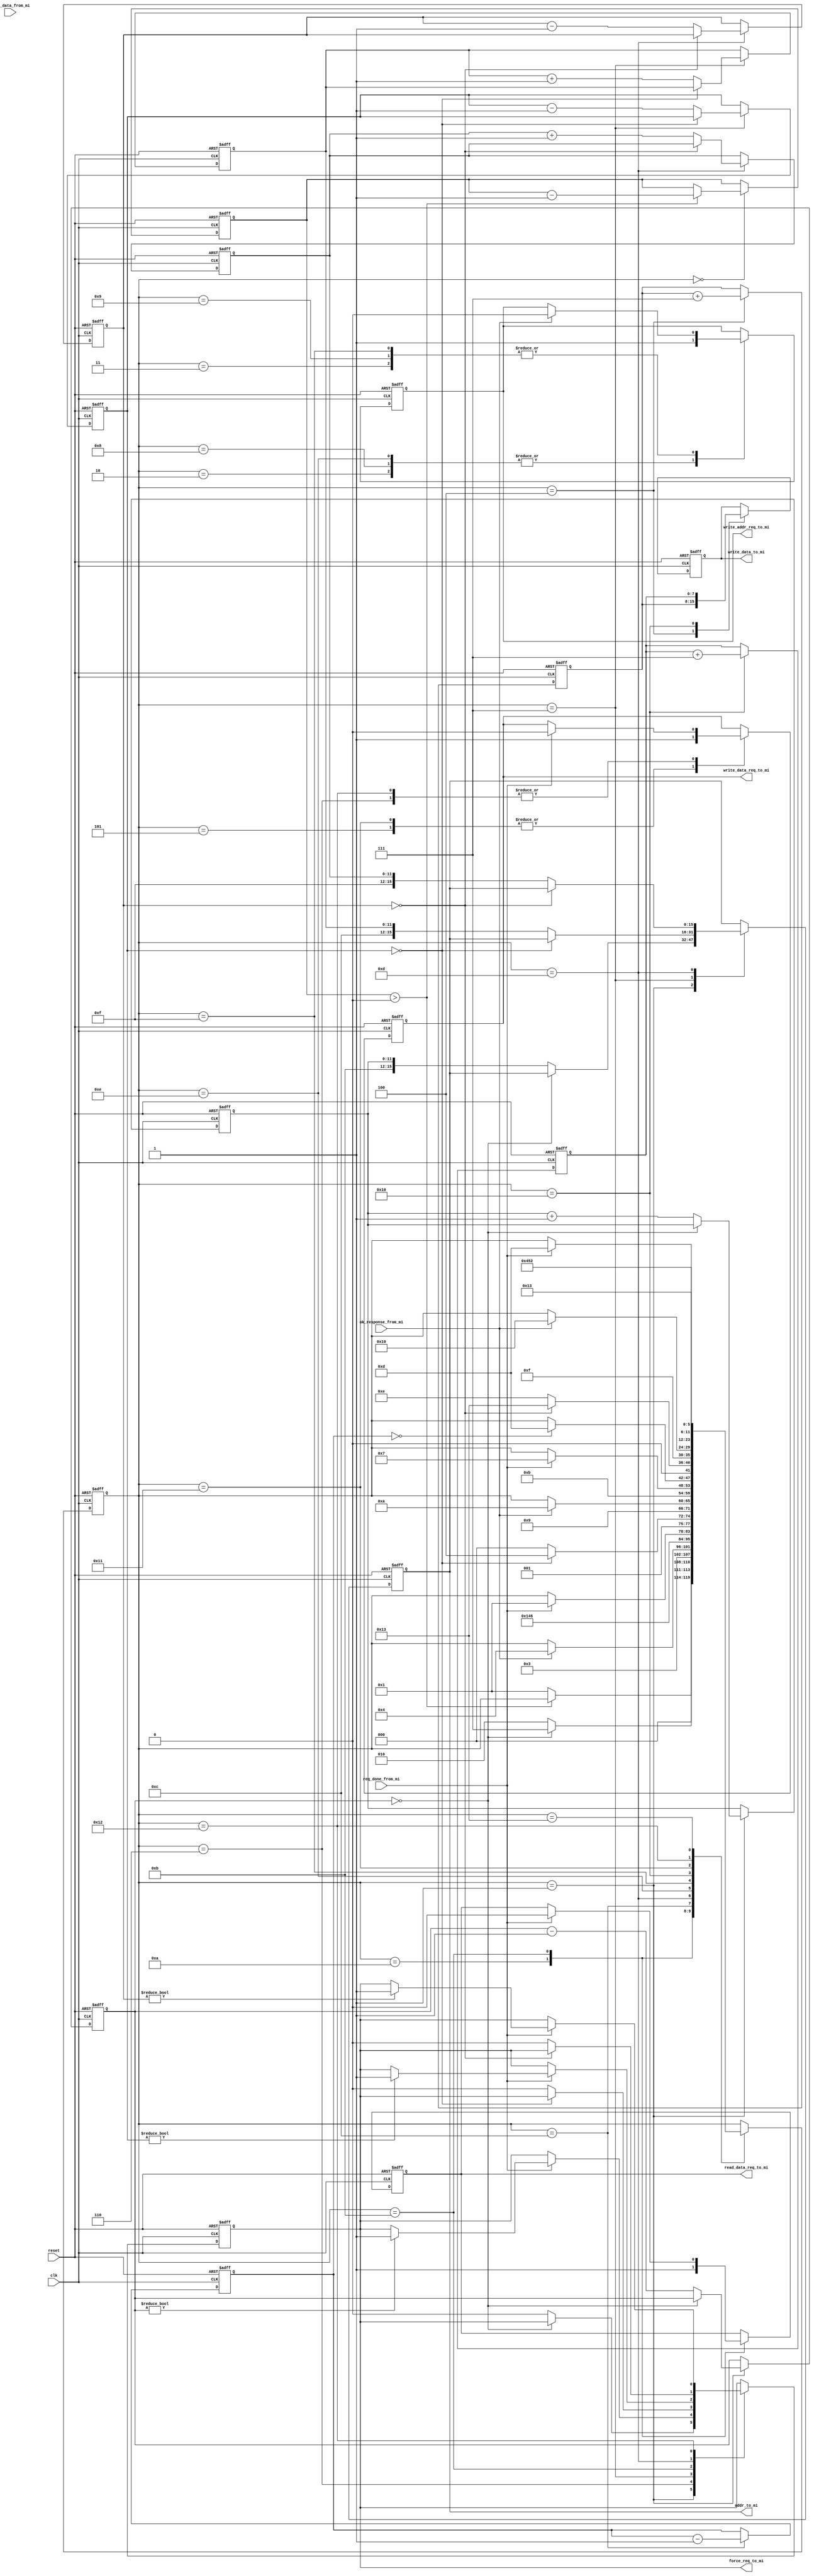
module master1_core (
    input clk,
    input reset,

    //connections with the ports of master interface to the the master side
    //NOTE : mi - master interface
    output reg [15:0]addr_to_mi,
    output reg write_addr_req_to_mi = 0,
    output reg [7:0]write_data_to_mi,
    output reg write_data_req_to_mi = 0,
    output reg read_data_req_to_mi  = 0,
    output reg force_req_to_mi = 0,
    input ok_response_from_mi,
    input [7:0]read_data_from_mi,
    input req_done_from_mi
);

//Address Parameters
parameter STARTBIT = 1'b1;
parameter SLAVE1 = 2'b01, SLAVE2 = 2'b10, SLAVE3 = 2'b11;
parameter WRITE = 1'b1, READ = 1'b0; 

/*_____________________________________________________________________________________
| -------------------------------------------------------------------------------------|
|EXECUTION:
|Flow of execution of master 1 is a predefined set of read, write tasks and idle times.
|Flow starts from WRITE1 and ends with WRITE2 below, but we can customize any sequence.
|Below sequence has the following order,

|         INITIAL_IDLE -> WRITE1 -> READ1 -> IDLE1 -> WRIITE2 -> END
|
|We can change parameters of those 4 tasks from below list of parameters. 
|_____________________________________________________________________________________*/

//Execution Sequence Parameters
parameter INITIAL_IDLE_TIME = 8'd100;

parameter WRITE1_SLAVE      = SLAVE1;
parameter WRITE1_START_ADDR = 12'd500;
parameter WRITE1_DATA       = 8'd170;
parameter WRITE1_DATA_INCR  = 7;
parameter WRITE1_SIZE       = 4'd2;   

parameter READ1_SLAVE       = SLAVE2;
parameter READ1_START_ADDR  = 12'd400;
parameter READ1_SIZE        = 2'd2;  

parameter IDLE1_CYCLES      = 8'd30;

parameter WRITE2_SLAVE      = SLAVE3;
parameter WRITE2_START_ADDR = 12'd2000;
parameter WRITE2_DATA       = 8'd180;
parameter WRITE2_DATA_INCR  = 7;
parameter WRITE2_SIZE       = 4'd6;   


//Registers Needed for the Execution Sequence
reg [5:0]  state              = 5'd0;

reg [7:0]  initial_idle_time  = INITIAL_IDLE_TIME;

reg [11:0] write1_addr        = WRITE1_START_ADDR;
reg [7:0]  write1_data        = WRITE1_DATA;
reg [3:0]  write1_size        = WRITE1_SIZE;

reg [11:0] read1_addr         = READ1_START_ADDR;
reg [3:0]  read1_size         = READ1_SIZE;
reg [7:0]  read1_data[1:0];

reg [7:0]  idle1_cycles       = IDLE1_CYCLES;

reg [11:0] write2_addr        = WRITE2_START_ADDR;
reg [7:0]  write2_data        = WRITE2_DATA;
reg [3:0]  write2_size        = WRITE2_SIZE;


/*################################### STATE MACHINE #################################
------------------------------------------------------------------------------------*/
//STATES:
parameter INITIAL_IDLE                  = 0;

parameter WRITE1_UPDATE_ADDR            = 1;
parameter WRITE1_ADDR_RQ                = 2;
parameter WRITE1_OK_RES                 = 3;
parameter WRITE1_UPDATE_DATA            = 4;
parameter WRITE1_DATA_RQ                = 5;
parameter WRITE1_RQ_DONE                = 6;

parameter READ1_UPDATE_ADDR             = 7;
parameter READ1_ADDR_RQ                 = 8;
parameter READ1_OK_RES                  = 9;
parameter READ1_DATA_RQ                 = 10;
parameter READ1_RQ_DONE                 = 11;

parameter IDLE1                         = 12;

parameter WRITE2_UPDATE_ADDR            = 13;
parameter WRITE2_ADDR_RQ                = 14;
parameter WRITE2_OK_RES                 = 15;
parameter WRITE2_UPDATE_DATA            = 16;
parameter WRITE2_DATA_RQ                = 17;
parameter WRITE2_RQ_DONE                = 18;

parameter ALL_DONE                      = 19;

//STATE MACHINE:
always@(posedge clk or negedge reset) begin
    if(~reset)begin
        addr_to_mi           <= 0;
        write_addr_req_to_mi <= 0;
        write_data_to_mi     <= 0;
        write_data_req_to_mi <= 0;
        read_data_req_to_mi  <= 0;
        force_req_to_mi      <= 0;

        state                <= 5'd0;
        initial_idle_time    <= INITIAL_IDLE_TIME;
        write1_addr          <= WRITE1_START_ADDR;
        write1_data          <= WRITE1_DATA;
        write1_size          <= WRITE1_SIZE;
        read1_addr           <= READ1_START_ADDR;
        read1_size           <= READ1_SIZE;
        idle1_cycles         <= IDLE1_CYCLES;
        write2_addr          <= WRITE2_START_ADDR;
        write2_data          <= WRITE2_DATA;
        write2_size          <= WRITE2_SIZE;
    end

    else begin
        case(state)

            //###################### INITIAL IDLE TIME #########################
            INITIAL_IDLE: begin
                if(initial_idle_time > 0)
                    initial_idle_time <= initial_idle_time -1;
                else
                    state <= WRITE1_UPDATE_ADDR;
            end

            //############################ WRITE1 ##############################
            WRITE1_UPDATE_ADDR: begin  
                if(write1_size == 0)begin
                    state <= READ1_UPDATE_ADDR;
                end
                else begin
                    force_req_to_mi <= 0;
                    write1_size <= write1_size-1;         
                    addr_to_mi <= {STARTBIT, WRITE1_SLAVE, WRITE, write1_addr};
                    write1_addr <= write1_addr + 1;
                    state <= WRITE1_ADDR_RQ;
                end
            end

            WRITE1_ADDR_RQ: begin
                write_addr_req_to_mi <= 1;
                state <= WRITE1_OK_RES;
            end

            WRITE1_OK_RES: begin
                if(ok_response_from_mi == 1)begin
                    write_addr_req_to_mi <= 0;
                    state <= WRITE1_UPDATE_DATA;
                end
            end

            WRITE1_UPDATE_DATA: begin
                write_data_to_mi <= write1_data;
                write1_data <= write1_data + WRITE1_DATA_INCR;
                state <= WRITE1_DATA_RQ;
            end

            WRITE1_DATA_RQ: begin
                write_data_req_to_mi <= 1;
                state <= WRITE1_RQ_DONE;
            end
            WRITE1_RQ_DONE: begin
                if(req_done_from_mi == 1) begin
                    write_data_req_to_mi <= 0;
                    state <= WRITE1_UPDATE_ADDR;

                    if(write1_size != 0)begin
                        force_req_to_mi <= 1;
                    end
                end
            end


            //############################ READ1 ##############################
            READ1_UPDATE_ADDR: begin
                if(read1_size == 0)begin
                    state <= IDLE1;
                end
                else begin
                    force_req_to_mi <= 0;
                    read1_size  <= read1_size-1;         
                    addr_to_mi  <= {STARTBIT, READ1_SLAVE, READ, read1_addr};
                    read1_addr  <= read1_addr + 1;
                    state <= READ1_ADDR_RQ;
                end
            end

            READ1_ADDR_RQ: begin
                write_addr_req_to_mi <= 1;
                state <= READ1_OK_RES;
            end

            READ1_OK_RES: begin
                if(ok_response_from_mi == 1)begin
                    write_addr_req_to_mi <= 0;
                    state <= READ1_DATA_RQ;
                end
            end

            READ1_DATA_RQ: begin
                read_data_req_to_mi <= 1;
                state <= READ1_RQ_DONE;
            end

            READ1_RQ_DONE: begin
                if(req_done_from_mi == 1) begin
                    read_data_req_to_mi <= 0;
                    read1_data[read1_size] <= read_data_from_mi;
                    state <= READ1_UPDATE_ADDR;

                    if(read1_size != 0)begin
                        force_req_to_mi <= 1;
                    end
                end
            end


            //############################ IDLE1 ###############################
            IDLE1: begin
                if(idle1_cycles == 0) begin
                    state <= WRITE2_UPDATE_ADDR;
                end
                idle1_cycles <= idle1_cycles -1;
            end


            //############################ WRITE2 ##############################
            WRITE2_UPDATE_ADDR: begin  
                if(write2_size == 0)begin
                    state <= ALL_DONE;
                end
                else begin
                    force_req_to_mi <= 0;
                    write2_size <= write2_size-1;         
                    addr_to_mi <= {STARTBIT, WRITE2_SLAVE, WRITE, write2_addr};
                    write2_addr <= write2_addr + 1;
                    state <= WRITE2_ADDR_RQ;
                end
            end

            WRITE2_ADDR_RQ: begin
                write_addr_req_to_mi <= 1;
                state <= WRITE2_OK_RES;
            end

            WRITE2_OK_RES: begin
                if(ok_response_from_mi == 1)begin
                    write_addr_req_to_mi <= 0;
                    state <= WRITE2_UPDATE_DATA;
                end
            end

            WRITE2_UPDATE_DATA: begin
                write_data_to_mi <= write2_data;
                write2_data <= write2_data + WRITE2_DATA_INCR;
                state <= WRITE2_DATA_RQ;
            end

            WRITE2_DATA_RQ: begin
                write_data_req_to_mi <= 1;
                state <= WRITE2_RQ_DONE;
            end
            WRITE2_RQ_DONE: begin
                if(req_done_from_mi == 1) begin
                    write_data_req_to_mi <= 0;
                    state <= WRITE2_UPDATE_ADDR;

                    if(write2_size != 0)begin
                        force_req_to_mi <= 1;
                    end
                end
            end


            //############################# END ###############################
            ALL_DONE: begin
                state <= ALL_DONE;
            end

        endcase
    end

end


endmodule